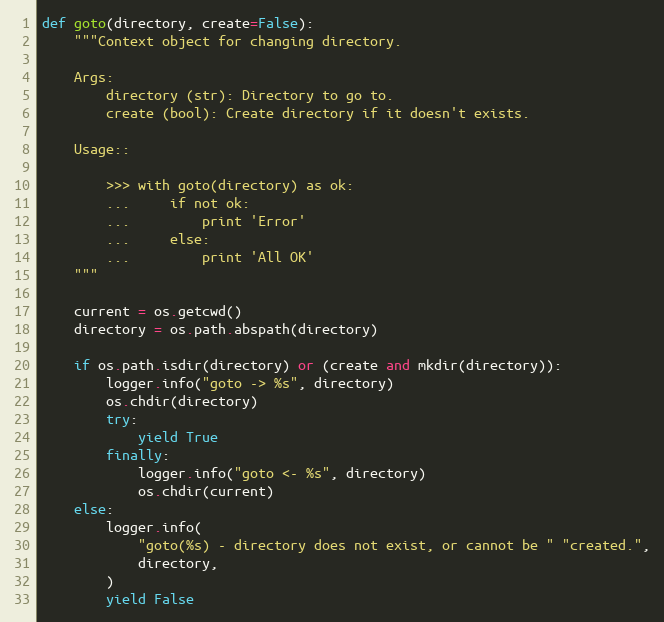
Language: Python
def goto(directory, create=False):
    """Context object for changing directory.

    Args:
        directory (str): Directory to go to.
        create (bool): Create directory if it doesn't exists.

    Usage::

        >>> with goto(directory) as ok:
        ...     if not ok:
        ...         print 'Error'
        ...     else:
        ...         print 'All OK'
    """

    current = os.getcwd()
    directory = os.path.abspath(directory)

    if os.path.isdir(directory) or (create and mkdir(directory)):
        logger.info("goto -> %s", directory)
        os.chdir(directory)
        try:
            yield True
        finally:
            logger.info("goto <- %s", directory)
            os.chdir(current)
    else:
        logger.info(
            "goto(%s) - directory does not exist, or cannot be " "created.",
            directory,
        )
        yield False